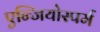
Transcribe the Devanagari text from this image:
एन्जियोस्पर्म